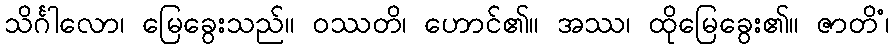
သိင်္ဂါလော၊ မြေခွေးသည်။ ဝဿတိ၊ ဟောင်၏။ အဿ၊ ထိုမြေခွေး၏။ ဇာတိံ၊